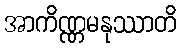
အာကိဏ္ဏမနုဿာတိ